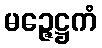
မဉ္ဇေဋ္ဌကံ